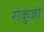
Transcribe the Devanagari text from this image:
रोकुजो